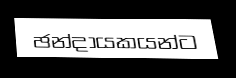
ඡන්දායකයන්ට